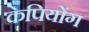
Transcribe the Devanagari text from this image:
केपियोंग